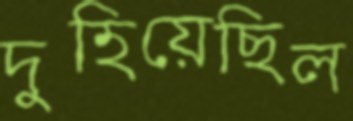
দুহিয়েছিল